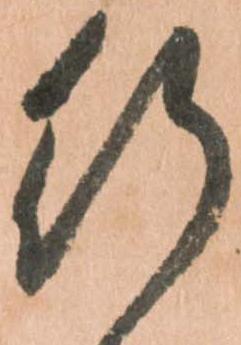
行